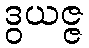
ဒွယဇ္ဇ